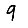
Digit: 9